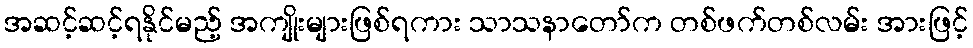
အဆင့်ဆင့်ရနိုင်မည့် အကျိုးများဖြစ်ရကား သာသနာတော်က တစ်ဖက်တစ်လမ်း အားဖြင့်